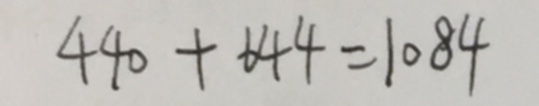
4 4 0 + 6 4 4 = 1 0 8 4